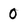
Character: 0